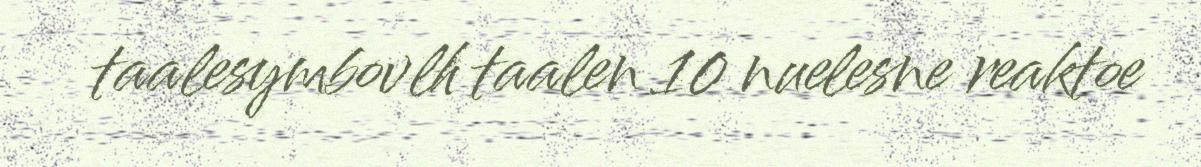
taalesymbovlh taalen 10 nuelesne reaktoe